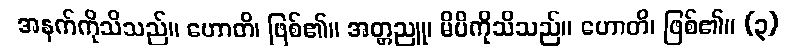
အနက်ကိုသိသည်။ ဟောတိ၊ ဖြစ်၏။ အတ္တညူ၊ မိမိကိုသိသည်။ ဟောတိ၊ ဖြစ်၏။ (၃)